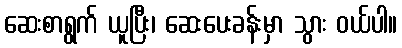
ဆေးစာရွက် ယူပြီး၊ ဆေးပေးခန်းမှာ သွား ဝယ်ပါ။